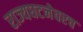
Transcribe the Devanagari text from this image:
राज्यघटनेवरच